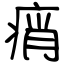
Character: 痟